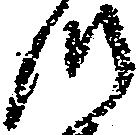
つ